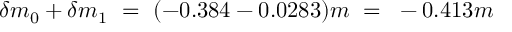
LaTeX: \delta m _ { 0 } + \delta m _ { 1 } ~ = ~ ( - 0 . 3 8 4 - 0 . 0 2 8 3 ) m ~ = ~ - 0 . 4 1 3 m